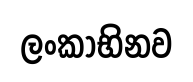
ලංකාභිනව